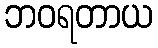
ဘဝရတာယ